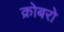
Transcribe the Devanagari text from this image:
क्रोबरो